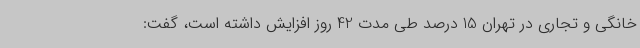
خانگی و تجاری در تهران 15 درصد طی مدت 42 روز افزایش داشته است، گفت: